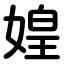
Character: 媓